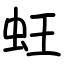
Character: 蚟